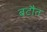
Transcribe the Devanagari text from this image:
बटौत